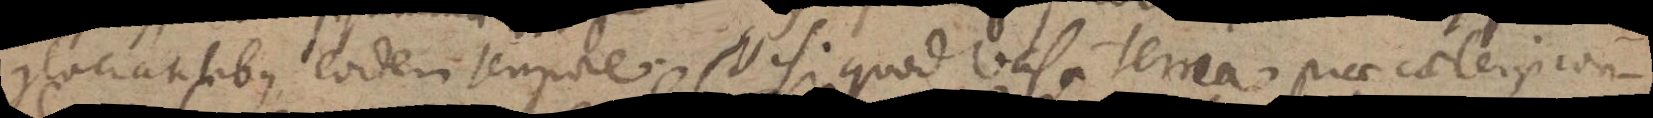
glaciantibus, eodem tempore. Nisi quod vasa terrea prae caeteris con-